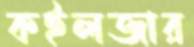
কইলজার